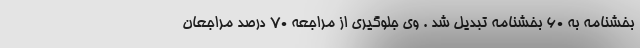
بخشنامه به ۶۰ بخشنامه تبدیل شد . وی جلوگیری از مراجعه ۷۰ درصد مراجعان